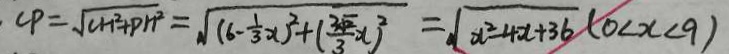
C P = \sqrt { ( C H ^ { 2 } + p n ^ { 2 } ) } = \sqrt { ( 6 - \frac { 1 } { 3 } x ) ^ { 2 } + ( \frac { 3 \sqrt { 2 } } { 3 } x ) ^ { 2 } } = \sqrt { x ^ { 2 } - 4 x + 3 6 } ( 0 < x < 9 )